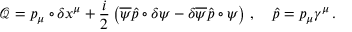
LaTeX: \mathcal { Q } = p _ { \mu } \circ \delta x ^ { \mu } + \frac { i } { 2 } \left( \overline { { { \psi } } } \hat { p } \circ \delta \psi - \delta \overline { { { \psi } } } \hat { p } \circ \psi \right) \, , \quad \hat { p } = p _ { \mu } \gamma ^ { \mu } \, .